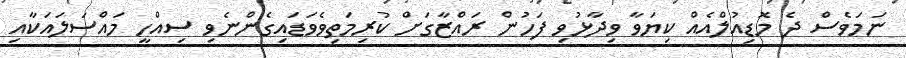
ނަމަވެސް ދެ މޮޮޑިއުލްއެއް ކިޔަވާ ވިދާޅުވި ފަހުން ރައްޒާގަށް ކުރިމަތިވެވަޑައިގެންނެވި ސިއްހީ މައްސަލައަކާއި